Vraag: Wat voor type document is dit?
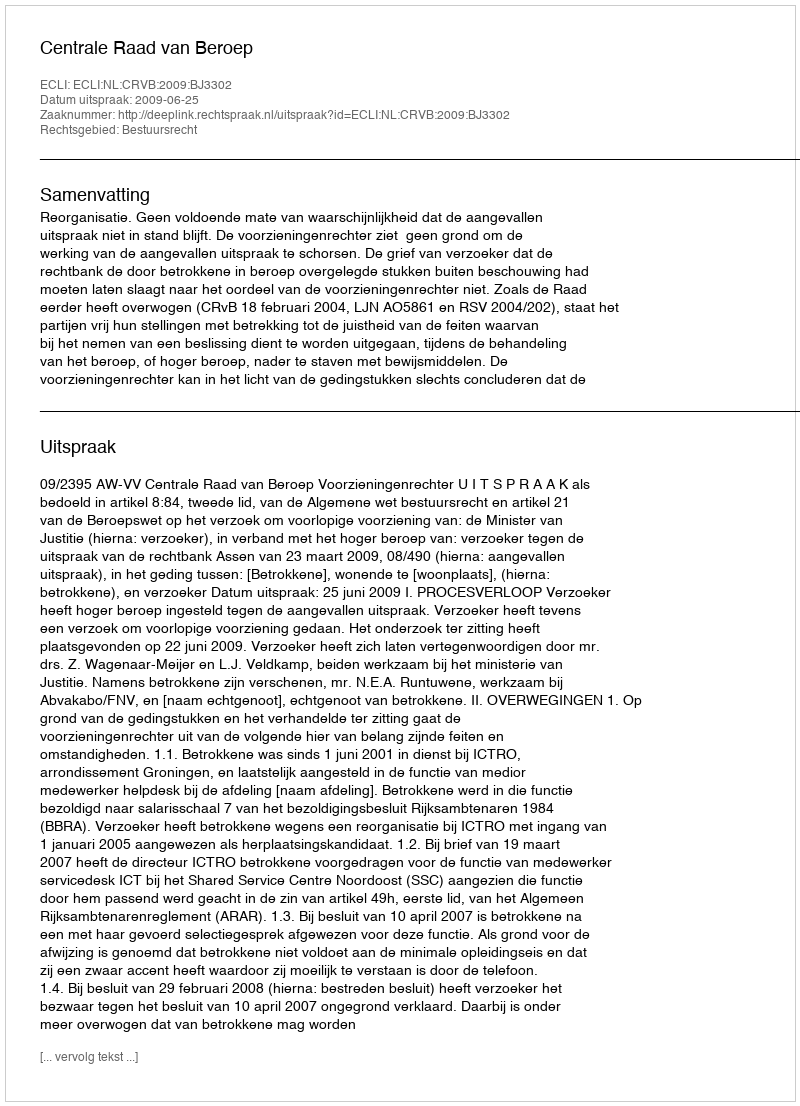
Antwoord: Uitspraak